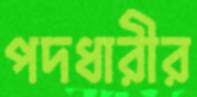
পদধারীর